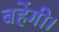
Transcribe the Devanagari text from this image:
बहेंगी।